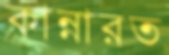
কান্নারত